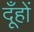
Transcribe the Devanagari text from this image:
दूँहों